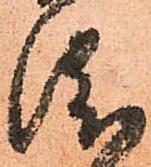
渡